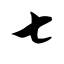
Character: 七